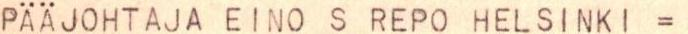
PÄÄJOHTAJA EINO S REPO HELSINKI =